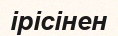
ірісінен